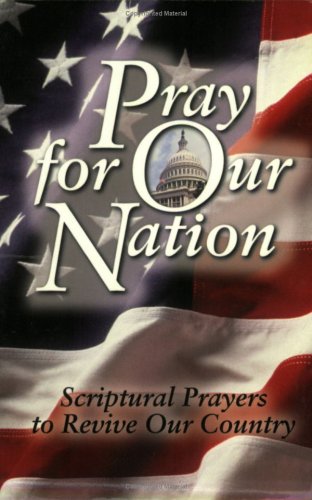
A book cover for Pray for Our Nation: Scriptural Prayers to Revive Our Country; Keith Provance; Religion & Spirituality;